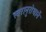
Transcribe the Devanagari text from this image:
स्वरानुरोधानें